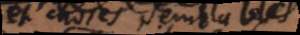
et choses semblables